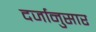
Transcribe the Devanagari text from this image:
दर्जानुसार